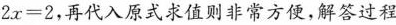
2 x = 2$$，再代入原式求值则非常方便，解答过程